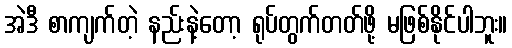
အဲဒီ စာကျက်တဲ့ နည်းနဲ့တော့ ရုပ်တွက်တတ်ဖို့ မဖြစ်နိုင်ပါဘူး။